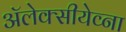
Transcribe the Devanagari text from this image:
ॲलेक्सीयेव्ना